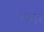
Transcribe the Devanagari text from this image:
०७९२